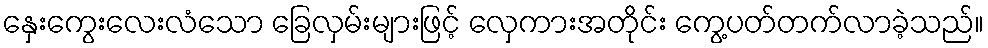
နှေးကွေးလေးလံသော ခြေလှမ်းများဖြင့် လှေကားအတိုင်း ကွေ့ပတ်တက်လာခဲ့သည်။